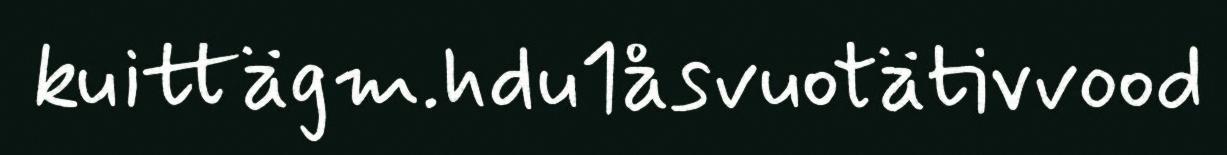
kuittägm.hdu1åsvuotätivvood